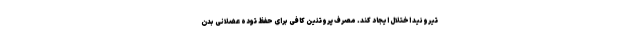
تیروئید اختلال ایجاد کند. مصرف پروتئین کافی برای حفظ توده عضلانی بدن